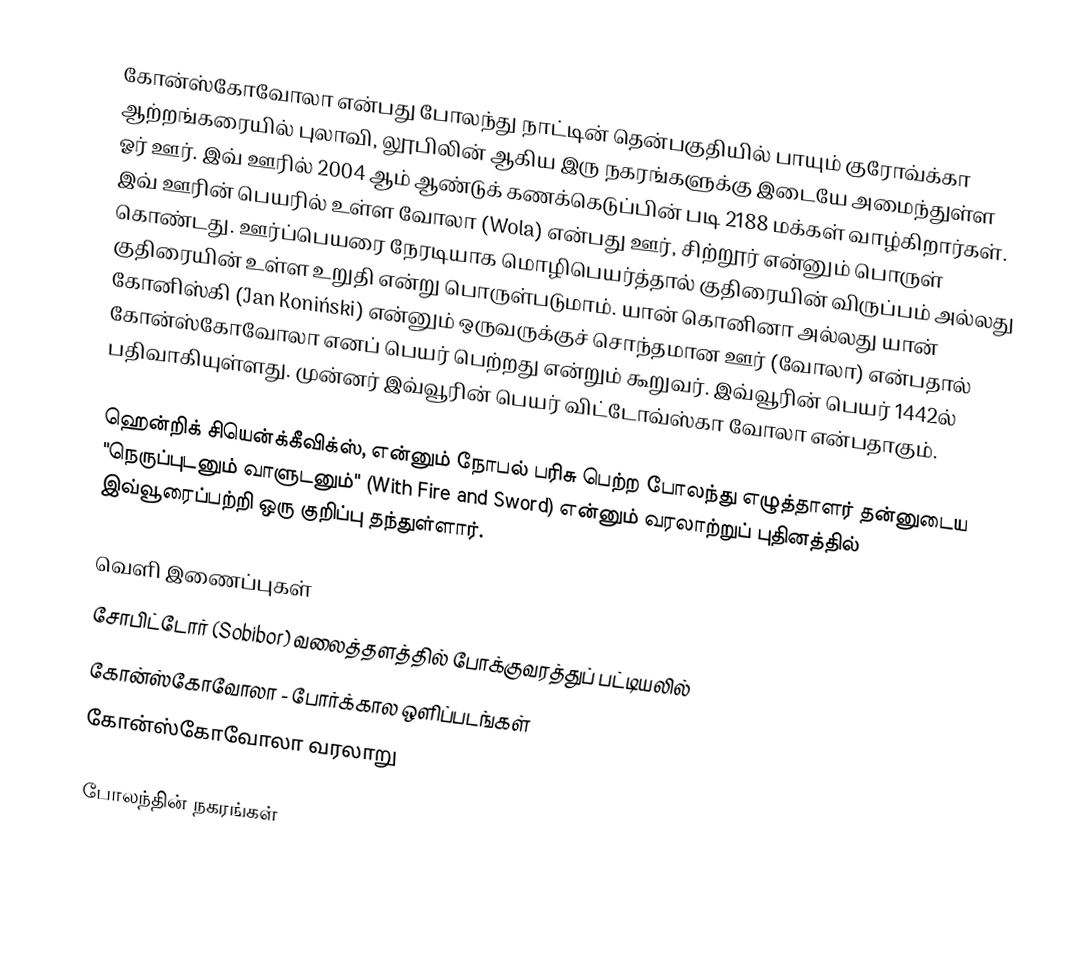
கோன்ஸ்கோவோலா என்பது போலந்து நாட்டின் தென்பகுதியில் பாயும் குரோவ்க்கா ஆற்றங்கரையில் புலாவி, லூபிலின் ஆகிய இரு நகரங்களுக்கு இடையே அமைந்துள்ள ஓர் ஊர். இவ் ஊரில் 2004 ஆம் ஆண்டுக் கணக்கெடுப்பின் படி 2188 மக்கள் வாழ்கிறார்கள். இவ் ஊரின் பெயரில் உள்ள வோலா (Wola) என்பது ஊர், சிற்றூர் என்னும் பொருள் கொண்டது. ஊர்ப்பெயரை நேரடியாக மொழிபெயர்த்தால் குதிரையின் விருப்பம் அல்லது குதிரையின் உள்ள உறுதி என்று பொருள்படுமாம். யான் கொனினா அல்லது யான் கோனிஸ்கி (Jan Koniński) என்னும் ஒருவருக்குச் சொந்தமான ஊர் (வோலா) என்பதால் கோன்ஸ்கோவோலா எனப் பெயர் பெற்றது என்றும் கூறுவர். இவ்வூரின் பெயர் 1442ல் பதிவாகியுள்ளது. முன்னர் இவ்வூரின் பெயர் விட்டோவ்ஸ்கா வோலா என்பதாகும்.

ஹென்றிக் சியென்க்கீவிக்ஸ், என்னும் நோபல் பரிசு பெற்ற போலந்து எழுத்தாளர் தன்னுடைய "நெருப்புடனும் வாளுடனும்" (With Fire and Sword) என்னும் வரலாற்றுப் புதினத்தில் இவ்வூரைப்பற்றி ஒரு குறிப்பு தந்துள்ளார்.

வெளி இணைப்புகள்
 சோபிட்டோர் (Sobibor) வலைத்தளத்தில் போக்குவரத்துப் பட்டியலில்
 கோன்ஸ்கோவோலா - போர்க்கால ஒளிப்படங்கள்
 கோன்ஸ்கோவோலா வரலாறு

போலந்தின் நகரங்கள்